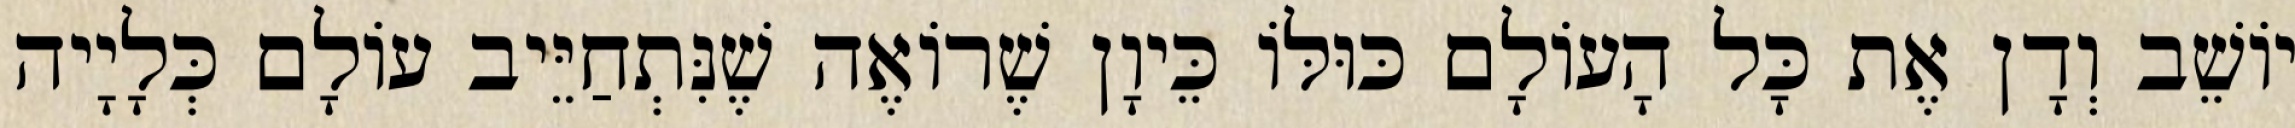
יוֹשֵׁב וְדָן אֶת כָּל הָעוֹלָם כּוּלּוֹ כֵּיוָן שֶׁרוֹאֶה שֶׁנִּתְחַיֵּיב עוֹלָם כְּלָיָיה